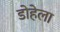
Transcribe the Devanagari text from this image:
डोहेला